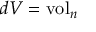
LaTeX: d V = \operatorname { v o l } _ { n }